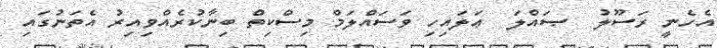
އެހެނީ ރަސޫލު  ޞައްލަ  ޢަލައިހި ވަސައްލަމް މިސްކިތް ބިނާކުރެއްވިއިރު އެތަނުގައި